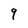
Character: 9